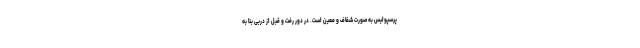
پرسپولیس به صورت شفاف و معین است. در دور رفت و قبل از دربی بنا به